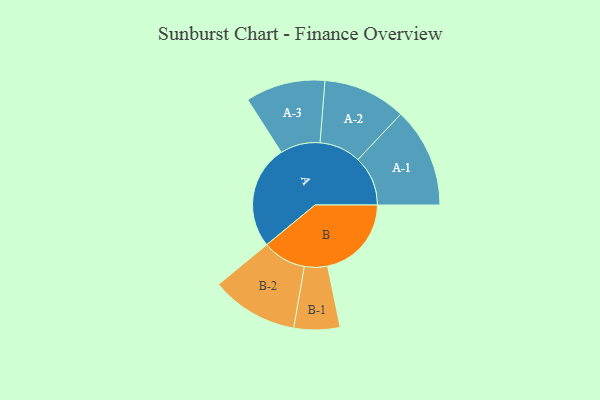
{"axis": {"x": "Segment", "y": "Value"}, "legend": ["", "A", "B"], "data": [{"x": "A", "y": 492, "type": ""}, {"x": "B", "y": 398, "type": ""}, {"x": "A-1", "y": 237, "type": "A"}, {"x": "A-2", "y": 197, "type": "A"}, {"x": "A-3", "y": 189, "type": "A"}, {"x": "B-1", "y": 109, "type": "B"}, {"x": "B-2", "y": 207, "type": "B"}]}